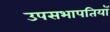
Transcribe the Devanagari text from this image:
उपसभापतियॉ